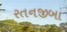
રતનજીબા